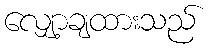
လျှော့ချထားသည်